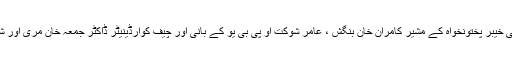
کامرس و انوسٹمنٹ ، وزیراعلی خیبر پختونخواہ کے مشیر کامران خان بنگش ، عامر شوکت او پی بی یو کے بانی اور چیف کوارڈینیٹر ڈاکٹر جمعہ خان مری اور شاہ زیب خان بھی شریک تھے۔